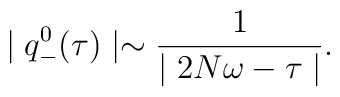
\mid q^0_-(\tau)\mid\sim\frac{1}{\mid 2N\omega-\tau\mid}.